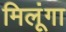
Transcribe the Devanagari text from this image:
मिलूंगा